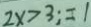
2 x > 3 ; = 1